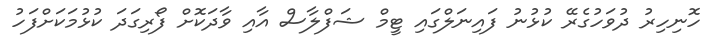
ހޮނިހިރު ދުވަހުގެރޭ ކުޅުނު ފައިނަލްގައި ޓީމް ޝަފްލާސް އާއި ވާދަކޮށް ފޯރިގަދަ ކުޅުމަކަށްފަހު